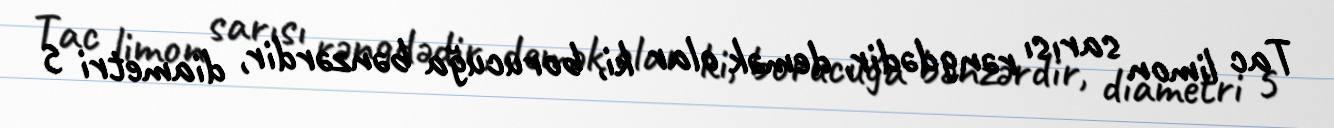
Tac limon sarısı rəngdədir, demək olar ki, borucuğa bənzərdir, diametri 5